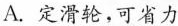
A.定滑轮，可省力